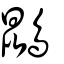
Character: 鵾